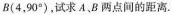
B(4，90°)，试求A.B两点间的距离。